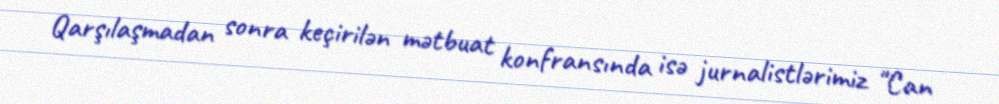
Qarşılaşmadan sonra keçirilən mətbuat konfransında isə jurnalistlərimiz "Can